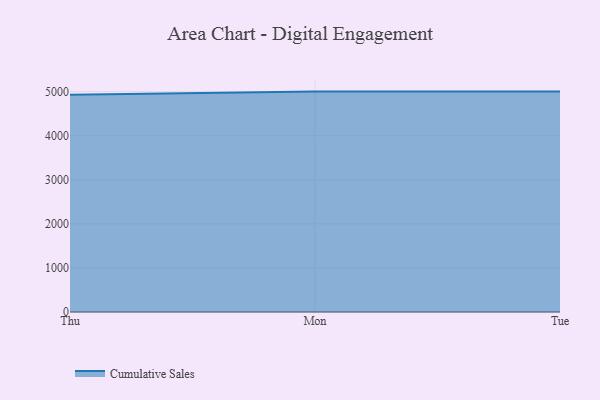
{"axis": {"x": "Day", "y": "Net Income (USD K)"}, "legend": ["Cumulative Sales"], "data": [{"x": "Thu", "y": 4926.5, "type": "Cumulative Sales"}, {"x": "Mon", "y": 5000, "type": "Cumulative Sales"}, {"x": "Tue", "y": 5000, "type": "Cumulative Sales"}]}